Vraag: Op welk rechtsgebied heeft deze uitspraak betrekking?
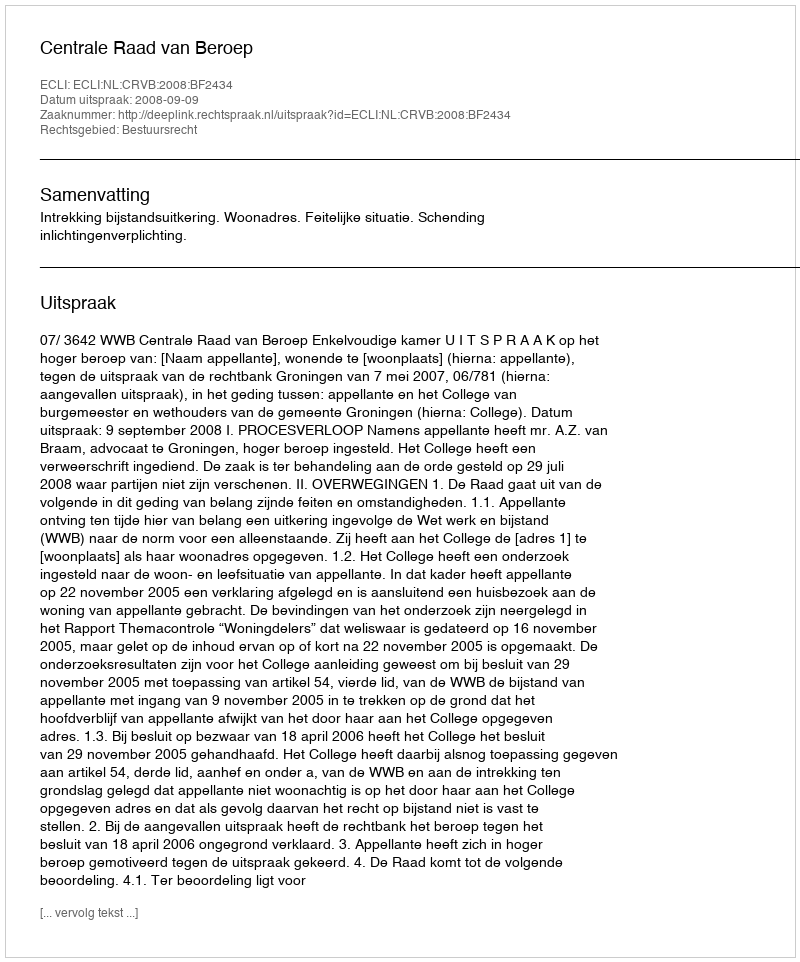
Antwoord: Bestuursrecht